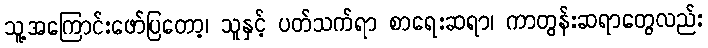
သူ့အကြောင်းဖော်ပြတော့၊ သူနှင့် ပတ်သက်ရာ စာရေးဆရာ၊ ကာတွန်းဆရာတွေလည်း